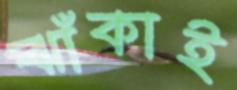
ঝাঁকাই